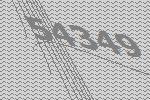
54349